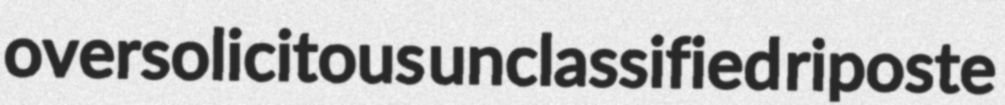
oversolicitous unclassified riposte